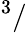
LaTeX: ^3/